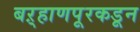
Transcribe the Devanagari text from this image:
बऱ्हाणपूरकडून